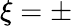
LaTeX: \xi=\pm